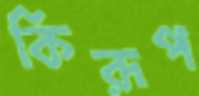
কিরূপ